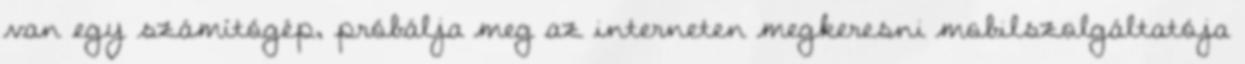
van egy számítógép, próbálja meg az interneten megkeresni mobilszolgáltatója